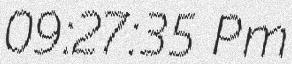
09:27:35 Pm